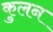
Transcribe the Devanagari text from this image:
कुलन